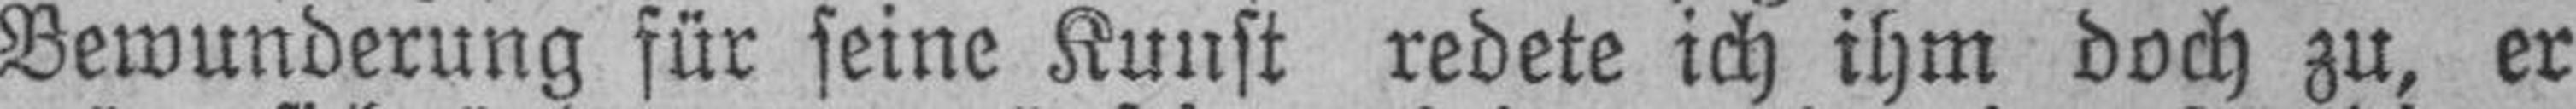
Bewunderung für seine Kunst redete ich ihm doch zu, er